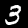
Digit: 3